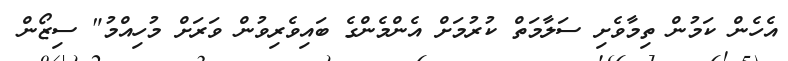
އެހެން ކަމުން ތިމާވެށި ސަލާމަތް ކުރުމަށް އެންމެންގެ ބައިވެރިވުން ވަރަށް މުހިއްމު" ސިޒޯން